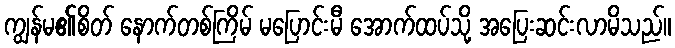
ကျွန်မ၏စိတ် နောက်တစ်ကြိမ် မပြောင်းမီ အောက်ထပ်သို့ အပြေးဆင်းလာမိသည်။